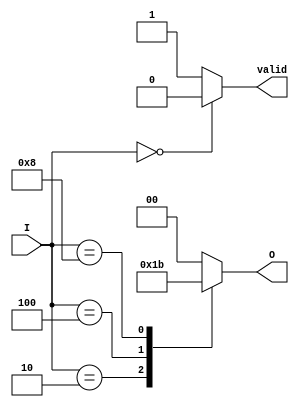
module binary_encoder (
    input wire [3:0] I,  // 4 input lines
    output reg [1:0] O,  // 2 output lines
    output reg valid     // Indicates if the input is valid (i.e., at least one input is active)
);

    always @(*) begin
        case (I)
            4'b0000: begin
                O = 2'b00; // No input active
                valid = 0; // Invalid state
            end
            4'b0001: begin
                O = 2'b00; // Input 0 active
                valid = 1; // Valid state
            end
            4'b0010: begin
                O = 2'b01; // Input 1 active
                valid = 1; // Valid state
            end
            4'b0100: begin
                O = 2'b10; // Input 2 active
                valid = 1; // Valid state
            end
            4'b1000: begin
                O = 2'b11; // Input 3 active
                valid = 1; // Valid state
            end
            default: begin
                O = 2'b00; // Default case (if multiple inputs are active)
                valid = 1; // Considered valid as we have one or more inputs
            end
        endcase
    end

endmodule